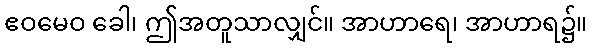
ဧဝမေဝ ခေါ၊ ဤအတူသာလျှင်။ အာဟာရေ၊ အာဟာရ၌။